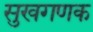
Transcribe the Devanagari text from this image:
सुखगणक